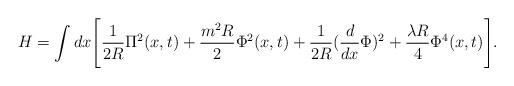
LaTeX: \begin{align*}H = \int dx \Biggl[\frac{1}{2R} \Pi^2 ( x, t)+ \frac{m^2 R}{2} \Phi^2 (x, t) + \frac{1}{2R}(\frac{d}{dx} \Phi)^2 +\frac{\lambda R}{4} \Phi^4 (x, t) \Biggr].\end{align*}